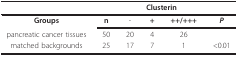
<table><thead><tr><td></td><td></td><td colspan="3"><b>Clusterin</b></td><td></td></tr></thead><tbody><tr><td><b>Groups</b></td><td><b>n</b></td><td>-</td><td><b>+</b></td><td><b>++/+++</b></td><td><b><i>P</i></b></td></tr><tr><td>pancreatic cancer tissues</td><td>50</td><td>20</td><td>4</td><td>26</td><td></td></tr><tr><td>matched backgrounds</td><td>25</td><td>17</td><td>7</td><td>1</td><td>&lt;0.01</td></tr></tbody></table>